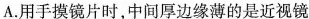
A.用手摸镜片时，中间厚边缘薄的是近视镜